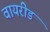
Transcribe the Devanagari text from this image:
वायरीड